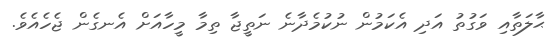
ޙާލަތާއި ވަގުތު އަދި އެކަމުން ނުކުމެދާނެ ނަތީޖާ ތިމާ މީހާއަށް އެނގެން ޖެހެއެވެ.